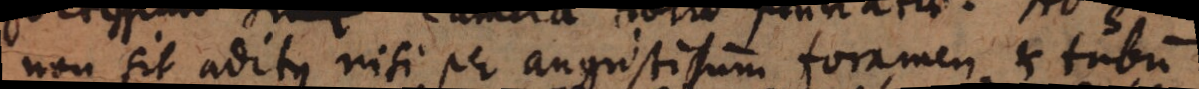
non sit aditus nisi per angustissimum foramen, et tubum